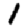
Digit: 1